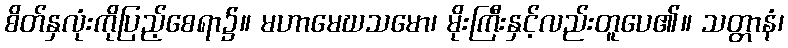
စိတ်နှလုံးကိုပြည့်စေရာ၌။ မဟာမေဃသမော၊ မိုးကြီးနှင့်လည်းတူပေ၏။ သတ္တာနံ၊